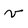
Character: v